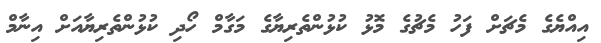
އިއްޔެގެ މެޗަށް ފަހު މެޗުގެ މޮޅު ކުޅުންތެރިޔާގެ މަގާމް ހޯދި ކުޅުންތެރިޔާއަށް އިނާމް